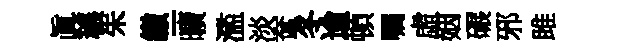
眞穠朱繳-曠濫淡奩冬逾頓嘱虛姻碾邪雎